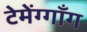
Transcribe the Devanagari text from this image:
टेमेंग्गाँग